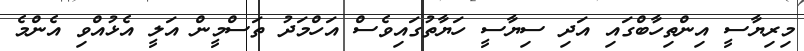
މިރިޔާސީ އިންތިހާބްގައި އަދި ސިޔާސީ ހަޔާތުގައިވެސް އަހްމަދު ތަސްމީން އަލީ އެޅުއްވި އެންމެ